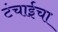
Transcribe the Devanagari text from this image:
टंचाईचा